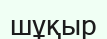
шұқыр